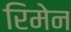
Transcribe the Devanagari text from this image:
रिमेन